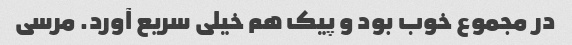
در مجموع خوب بود و پیک هم خیلی سریع آورد. مرسی